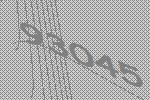
93045